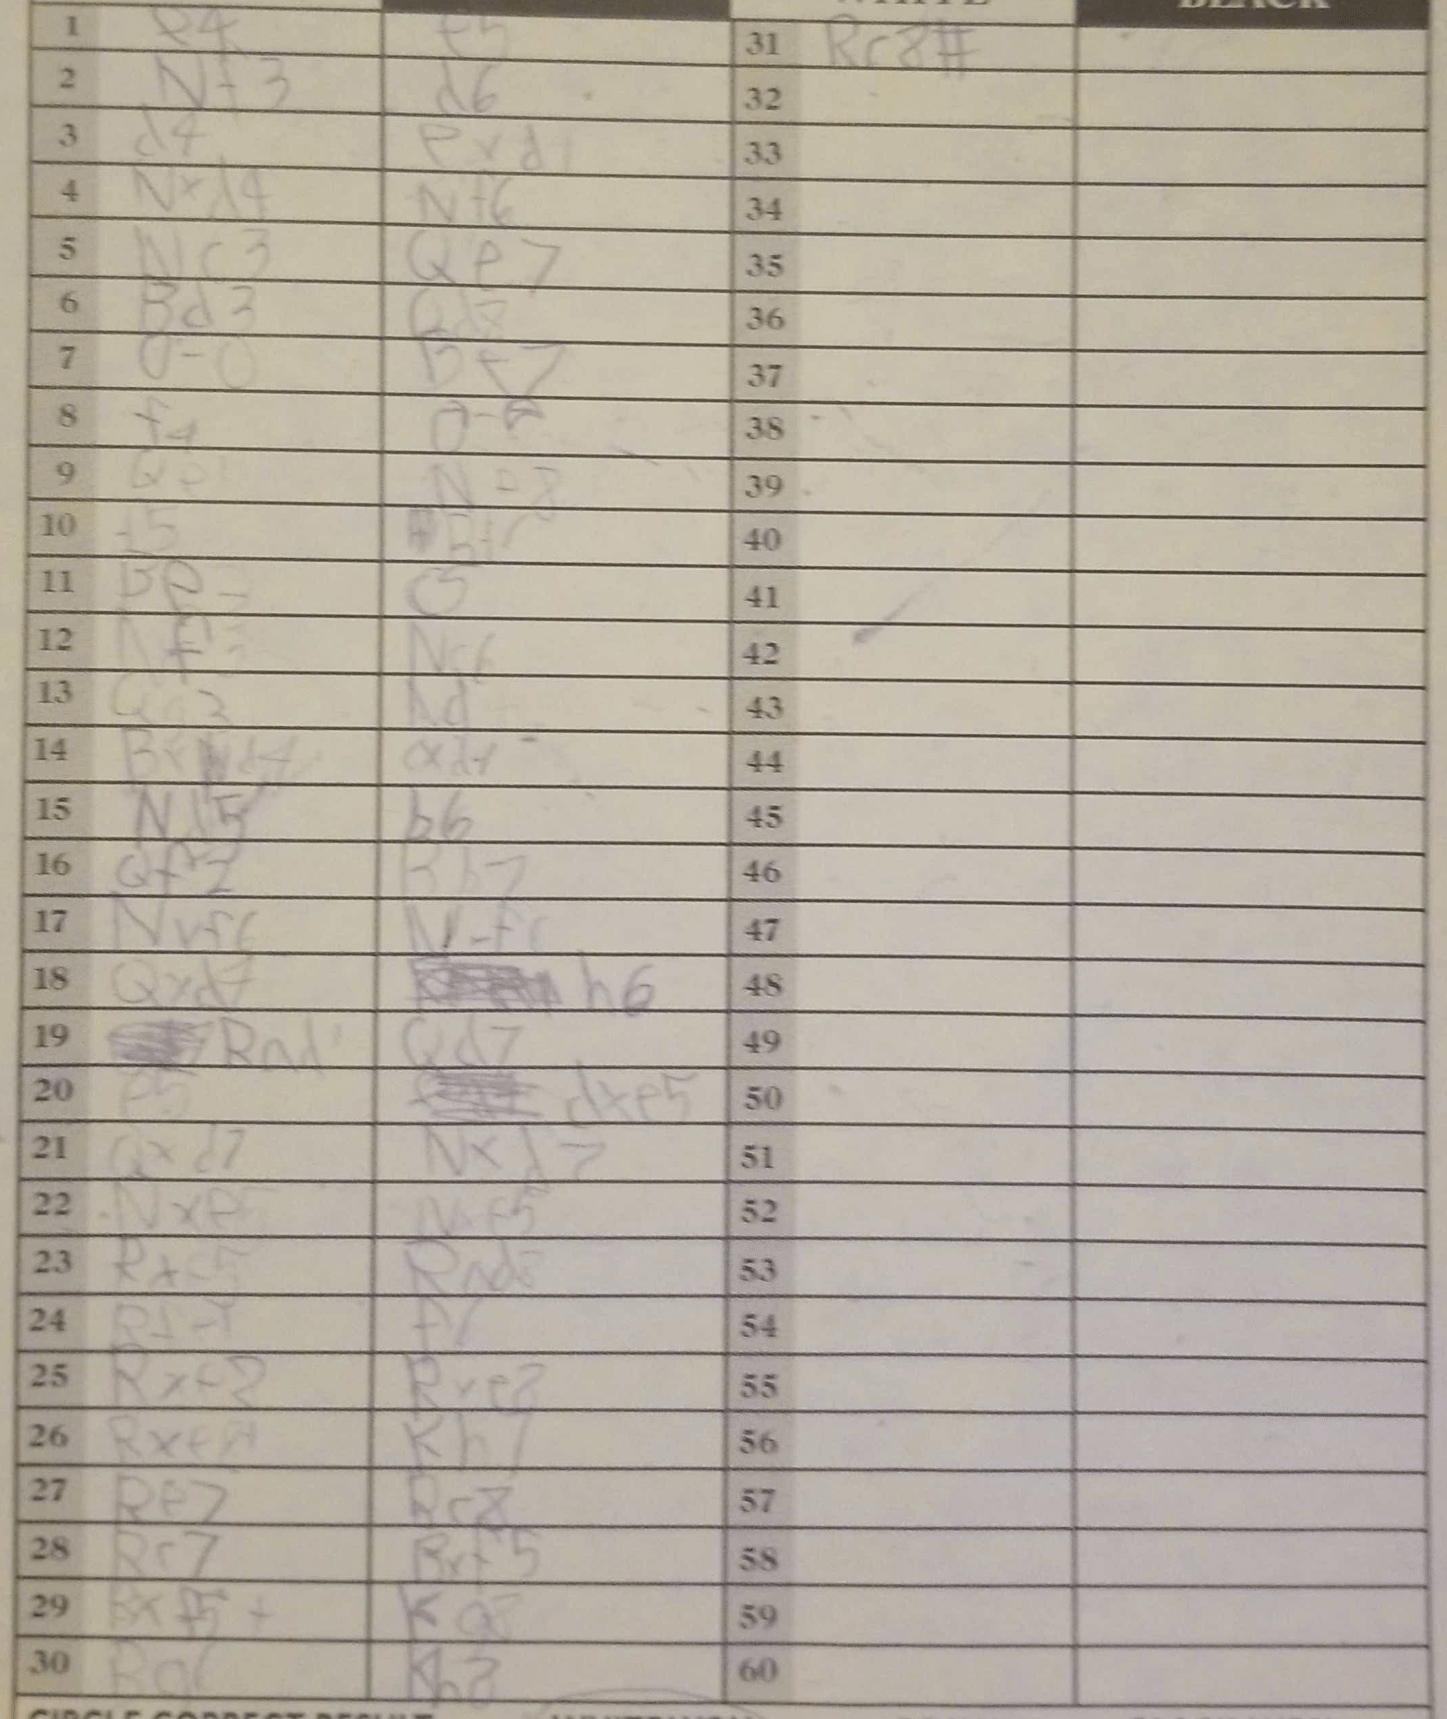
Moves: e4 e5 Nf3 d6 d4 exd1 Nxh4 Nf6 Nc3 Qe7 Bd3 Qd8 O-O Bf7 f4 O-O Qe1 Ne8 f5 Bf7 Be3 Nf3 Nc6 Qg3 Nd7 Bxd4 Qd7 Nd5 b6 Qf2 Bb7 Nxf6 Nf6 Qxd7 h6 Ra1 Qd7 f5 dxe5 Qxd7 Nxd7 Nxe5 Nf5 Rxc5 Rad2 Rfe1 f6 Rxf2 Rxe8 Rxe8+ Kh7 Re7 Re8 Re7 Bxf5 Bxf5+ Ka2 Ba6 Kh8 Rc8#